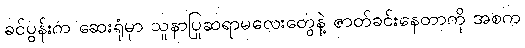
ခင်ပွန်းက ဆေးရုံမှာ သူနာပြုဆရာမလေးတွေနဲ့ ဇာတ်ခင်းနေတာကို အစက